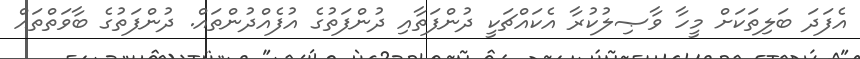
އެފަދަ ބަލިތަކަށް މީހާ ވާޞިލުކުރާ އެކައްޗަކީ ދުންފަތާއި ދުންފަތުގެ އުފެއްދުންތައް. ދުންފަތުގެ ބާވަތްތައް